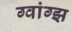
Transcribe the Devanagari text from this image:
ग्वांग्झ